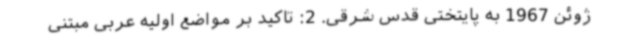
ژوئن 1967 به پایتختی قدس شرقی. 2: تاکید بر مواضع اولیه عربی مبتنی